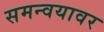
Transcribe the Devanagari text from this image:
समन्वयावर